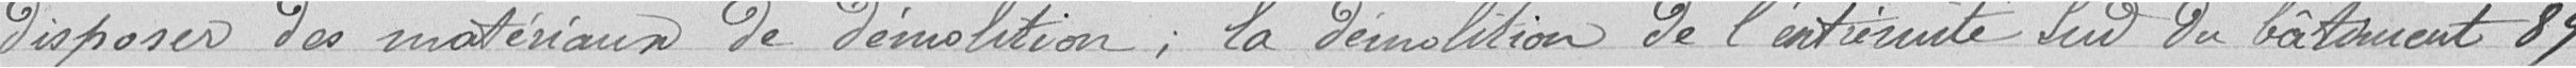
disposer des matériaux de démolition, la démolition de l'entièreté sud du bâtiment 89